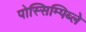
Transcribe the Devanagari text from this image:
पोस्सिम्पिब्ले